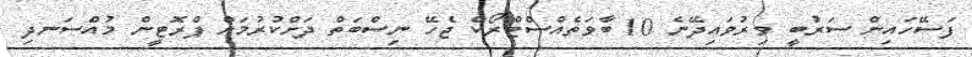
ފަސޭހައިން ސަރުބީ ވިރުވައިދޭނެ 10 ބާވަތެއްސްޓްރޯކް ޖެހޭ ނިސްބަތް ދަށްކުރުމަށް ޕްރޮޓީން މުއްސަނދި